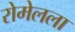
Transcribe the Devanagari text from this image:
रोमेलला